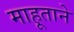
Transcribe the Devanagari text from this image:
माहूताने